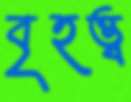
বৃহত্ত্ব